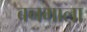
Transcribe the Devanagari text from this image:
बनमाला